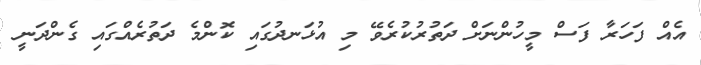
އެއް ފަހަރާ ފަސް މީހުންނަށް ދަތުރުކުރެވޭ މި އުޅަނދުގައި ކޮންމެ ދަތުރެއްގައި ގެންދަނީ